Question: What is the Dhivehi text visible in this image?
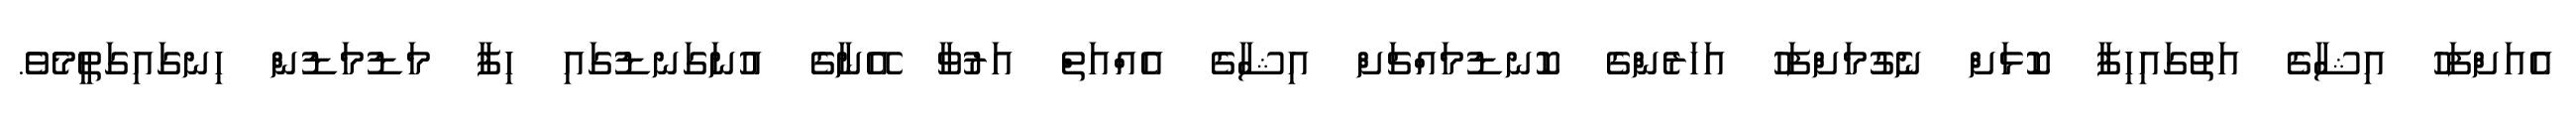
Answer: އެއަށްފަހު އިޝާގެ އަތުގައިހިފާ ކޮޅަށް ނެގުމަށްފަހު އަހަރެންގެ ކޮނޑުމައްޗަށް އިޝާގެ އެއްއަތް އަރުވާ އޭނާގެ އުނަގަނޑުގައި ހިފާ މަޑުމަޑުން ހިނގައިގަތީމެވެ.